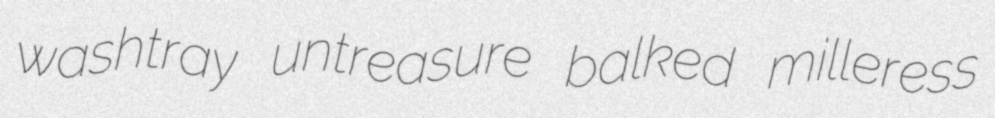
washtray untreasure balked milleress